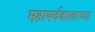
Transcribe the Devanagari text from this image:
महापर्वकालाच्या